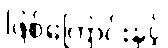
ဖြစ်ကြောင်းနှင့်